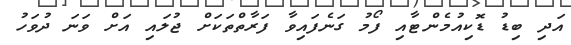
އަދި ބިޑު ޑޮކިއުމެންޓާއި ފޯމު ގަނެފައިވާ ފަރާތްތަކަށް ޖުލައި އަށް ވަނަ ދުވަހު